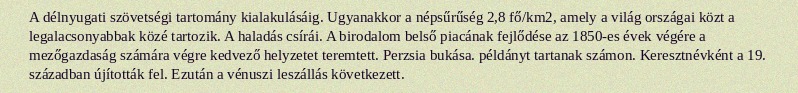
A délnyugati szövetségi tartomány kialakulásáig. Ugyanakkor a népsűrűség 2,8 fő/km2, amely a világ országai közt a legalacsonyabbak közé tartozik. A haladás csírái. A birodalom belső piacának fejlődése az 1850-es évek végére a mezőgazdaság számára végre kedvező helyzetet teremtett. Perzsia bukása. példányt tartanak számon. Keresztnévként a 19. században újították fel. Ezután a vénuszi leszállás következett.